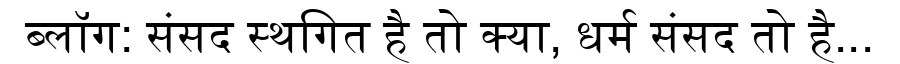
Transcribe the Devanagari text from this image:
ब्लॉग: संसद स्थगित है तो क्या, धर्म संसद तो है...